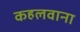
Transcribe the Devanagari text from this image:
कहलवाना